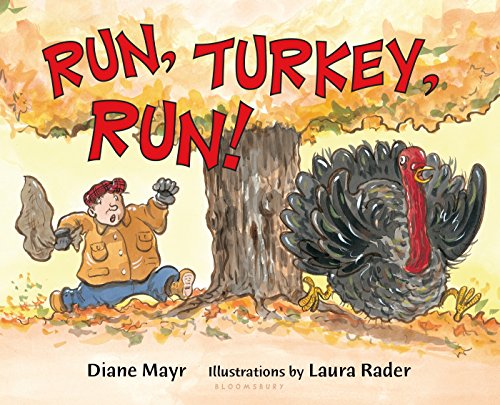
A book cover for Run, Turkey, Run!; Diane Mayr; Children's Books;